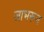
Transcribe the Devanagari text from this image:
जाभरून